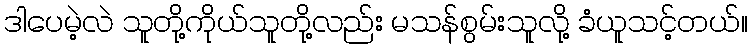
ဒါပေမဲ့လဲ သူတို့ကိုယ်သူတို့လည်း မသန်စွမ်းသူလို့ ခံယူသင့်တယ်။